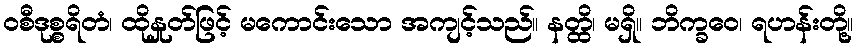
ဝစီဒုစ္စရိတံ၊ ထိုနှုတ်ဖြင့် မကောင်းသော အကျင့်သည်။ နတ္ထိ၊ မရှိ။ ဘိက္ခဝေ၊ ရဟန်းတို့။